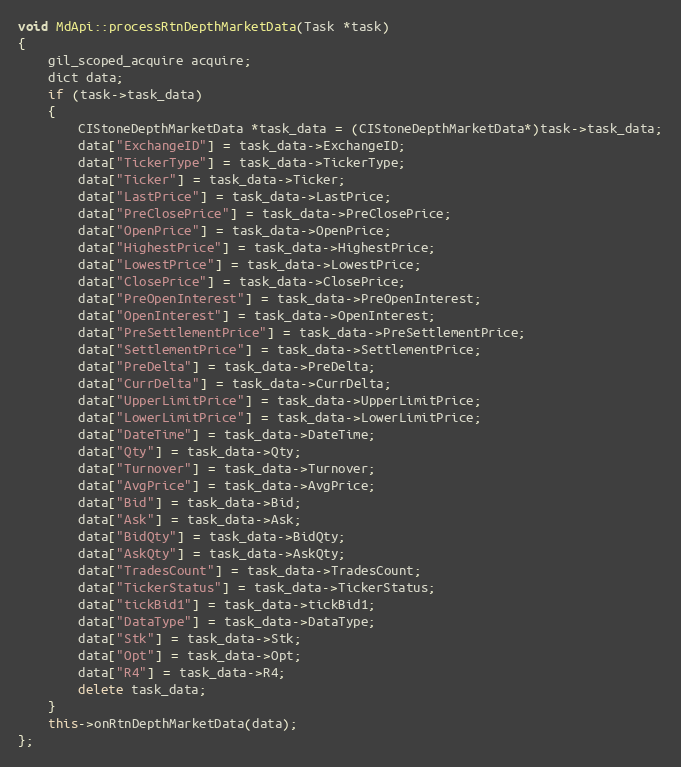
Language: C++
void MdApi::processRtnDepthMarketData(Task *task)
{
	gil_scoped_acquire acquire;
	dict data;
	if (task->task_data)
	{
		CIStoneDepthMarketData *task_data = (CIStoneDepthMarketData*)task->task_data;
		data["ExchangeID"] = task_data->ExchangeID;
		data["TickerType"] = task_data->TickerType;
		data["Ticker"] = task_data->Ticker;
		data["LastPrice"] = task_data->LastPrice;
		data["PreClosePrice"] = task_data->PreClosePrice;
		data["OpenPrice"] = task_data->OpenPrice;
		data["HighestPrice"] = task_data->HighestPrice;
		data["LowestPrice"] = task_data->LowestPrice;
		data["ClosePrice"] = task_data->ClosePrice;
		data["PreOpenInterest"] = task_data->PreOpenInterest;
		data["OpenInterest"] = task_data->OpenInterest;
		data["PreSettlementPrice"] = task_data->PreSettlementPrice;
		data["SettlementPrice"] = task_data->SettlementPrice;
		data["PreDelta"] = task_data->PreDelta;
		data["CurrDelta"] = task_data->CurrDelta;
		data["UpperLimitPrice"] = task_data->UpperLimitPrice;
		data["LowerLimitPrice"] = task_data->LowerLimitPrice;
		data["DateTime"] = task_data->DateTime;
		data["Qty"] = task_data->Qty;
		data["Turnover"] = task_data->Turnover;
		data["AvgPrice"] = task_data->AvgPrice;
		data["Bid"] = task_data->Bid;
		data["Ask"] = task_data->Ask;
		data["BidQty"] = task_data->BidQty;
		data["AskQty"] = task_data->AskQty;
		data["TradesCount"] = task_data->TradesCount;
		data["TickerStatus"] = task_data->TickerStatus;
		data["tickBid1"] = task_data->tickBid1;
		data["DataType"] = task_data->DataType;
		data["Stk"] = task_data->Stk;
		data["Opt"] = task_data->Opt;
		data["R4"] = task_data->R4;
		delete task_data;
	}
	this->onRtnDepthMarketData(data);
};